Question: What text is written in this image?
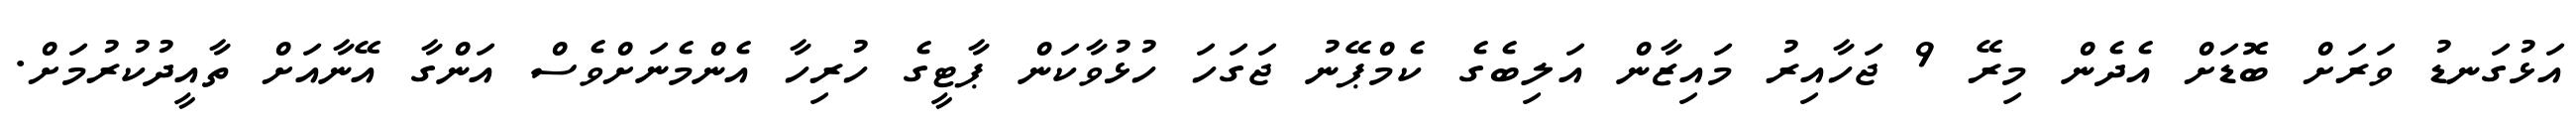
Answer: އަޅުގަނޑު ވަރަށް ބޮޑަށް އެދެން މިރޭ 9 ޖަހާއިރު މައިޒާން އަލިބެގެ ކެމްޕޭނު ޖަގަހަ ހުޅުވާކަން ޕާޓީގެ ހުރިހާ އެންމެނަށްވެސް އަންގާ އޭނާއަށް ތާއީދުކުރުމަށް.